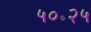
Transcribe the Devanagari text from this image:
५०॰२५